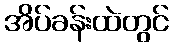
အိပ်ခန်းထဲတွင်